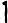
1